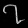
Digit: ၇